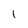
Character: 1